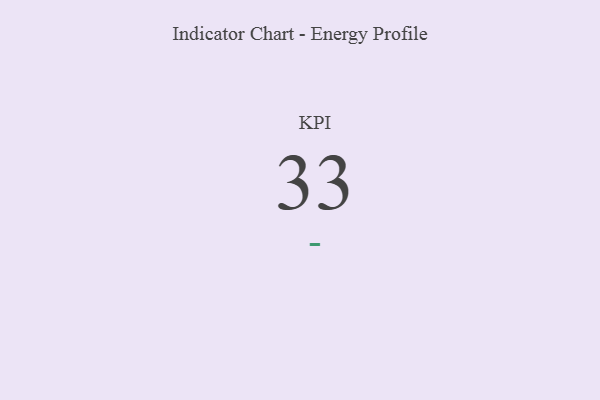
{"axis": {"x": "KPI", "y": "Value"}, "legend": [""], "data": [{"x": "KPI", "y": 33, "type": ""}]}